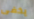
يخفى